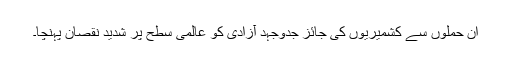
ان حملوں سے کشمیریوں کی جائز جدوجہد آزادی کو عالمی سطح پر شدید نقصان پہنچا۔